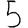
Digit: 5